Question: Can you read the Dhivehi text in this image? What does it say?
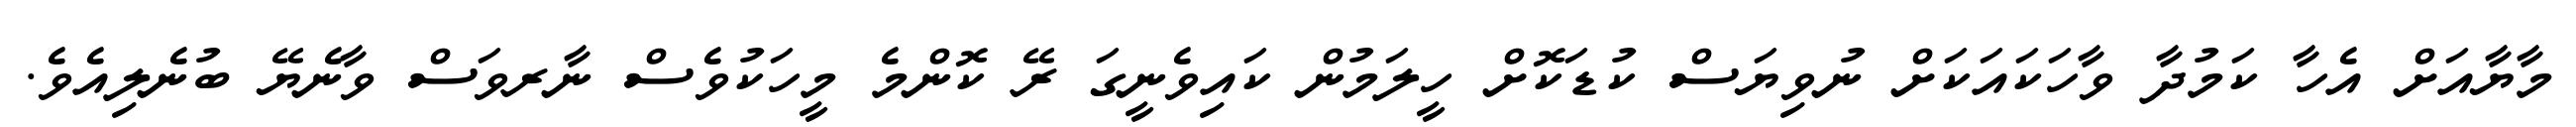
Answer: މާޔާއަށް އެހާ ކަމުދާ ވާހަކައަކަށް ނުވިޔަސް ކުޑަކޮށް ހީލަމުން ކައިވެނީގަ ރޭ ކޮންމެ މީހަކުވެސް ނާރވަސް ވާނެޔޭ ބުނެލިއެވެ.